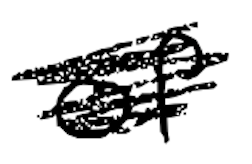
Text: of
Cross-out: scratch
Writing tool: digital_black